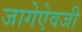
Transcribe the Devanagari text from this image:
जागेऐवजी